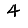
Digit: 4